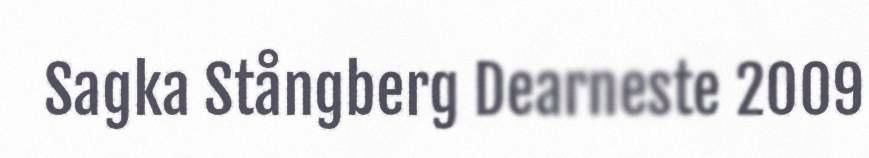
Sagka Stångberg Dearneste 2009